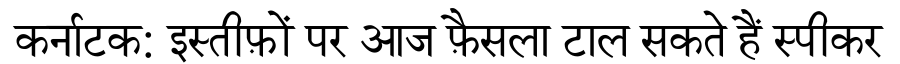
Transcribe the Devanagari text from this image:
कर्नाटक: इस्तीफ़ों पर आज फ़ैसला टाल सकते हैं स्पीकर